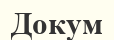
Докум